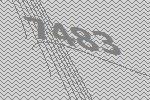
7483